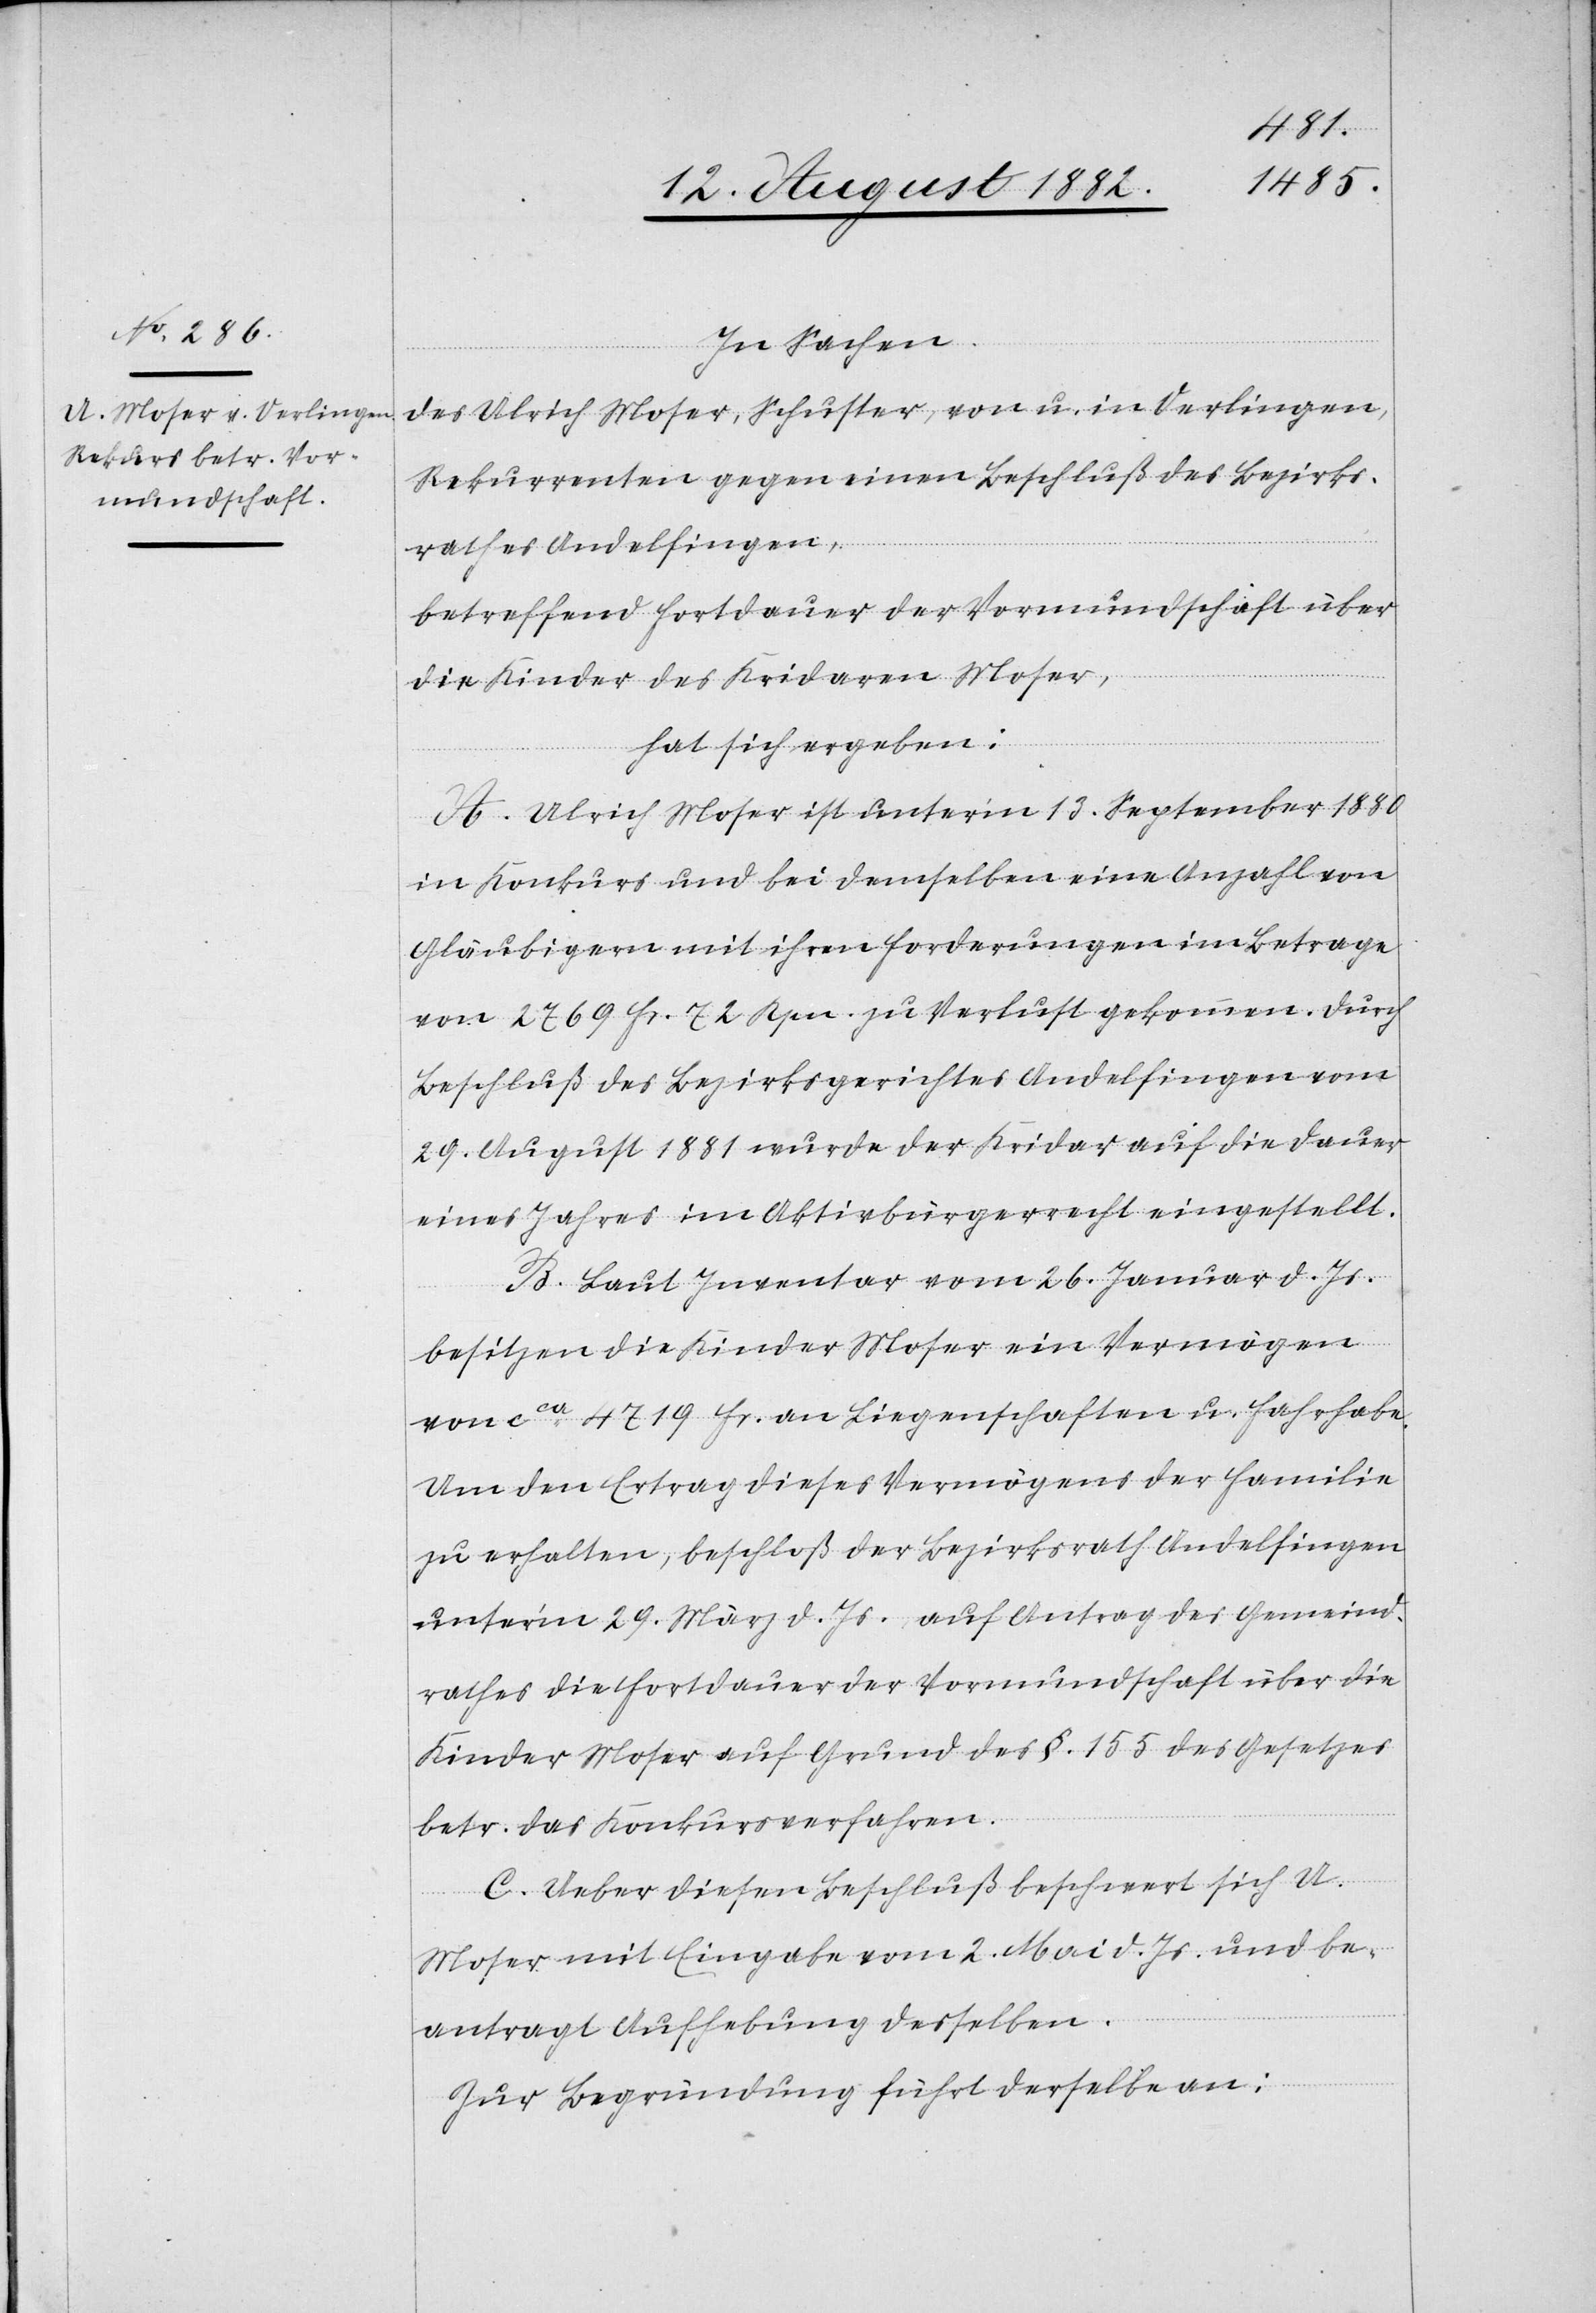
In Sachen
des Ulrich Moser, Schuster, von u. in Flurlingen,
Rekurrenten gegen einen Beschluß des Bezirks¬
rathes Andelfingen,
betreffend Fortdauer der Vormundschaft über
die Kinder des Kridaren Moser,
hat sich hergeben:
A. Ulrich Moser ist unter’m 13. September 1880
in Konkurs und bei demselben eine Anzahl von
Gläubigern mit ihren Forderungen im Betrage
von 2769 Fr. 72 Rpn. zu Verlust gekommen. Durch
Beschluß des Bezirksgerichtes Andelfingen vom
29. August 1881 wurde der Kridar auf die Dauer
eines Jahres im Aktivbürgerrecht eingestellt.
B. Laut Inventar vom 26. Januar d. Js.
besitzen die Kinder Moser ein Vermögen
von ca 4719 Fr. an Liegenschaften u. Fahrhabe.
Um den Ertrag dieses Vermögens der Familie
zu erhalten, beschloß der Bezirksrath Andelfingen
unter’m 29. März d. Js., auf Antrag des Gemeind¬
rathes die Fortdauer der Vormundschaft über die
Kinder Moser auf Grund des §. 155 des Gesetzes
betr. das Konkursverfahren.
C. Ueber diesen Beschluß beschwert sich U.
Moser mit Eingabe vom 2. Mai d. Js. und be¬
antragt Aufhebung desselben.
Zur Begründung führt derselbe an: